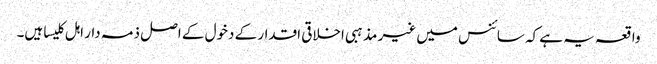
واقعہ یہ ہے کہ سائنس میں غیر مذہبی اخلاقی اقدار کے دخول کے اصل ذمہ دار اہل کلیسا ہیں۔